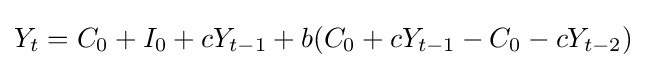
Y_{t}=C_{0}+I_{0}+cY_{t-1}+b(C_{0}+cY_{t-1}-C_{0}-cY_{t-2})